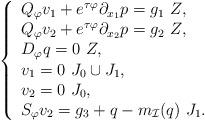
LaTeX: \begin{align*}\left\{\begin{array}{l}Q_{\varphi } v_1 + e^{\tau\varphi}\partial_{x_1}p = g_{1} \ Z,\\Q_{\varphi} v_2 + e^{\tau\varphi}\partial_{x_2}p = g_{2} \ Z,\\D_{\varphi} q =0 \ Z,\\v_1=0 \ J_{0}\cup J_{1},\\v_2=0 \ J_{0},\\S_{\varphi} v_2 = g_{3}+ q-m_{\mathcal I}(q) \ J_{1}.\end{array}\right.\end{align*}